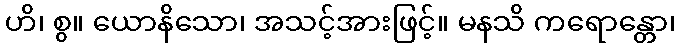
ဟိ၊ စွ။ ယောနိသော၊ အသင့်အားဖြင့်။ မနသိ ကရောန္တော၊